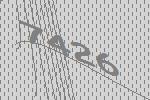
7426